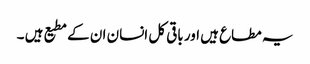
یہ مطاع ہیں اور باقی کل انسان ان کے مطیع ہیں ۔